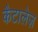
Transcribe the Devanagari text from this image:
कैटालेज़